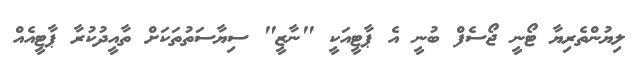
ލިޔުންތެރިޔާ ޓޯނީ ޖޯސެފް ބުނީ އެ ޕާޓީއަކީ "ނާޒީ" ސިޔާސަތުތަކަށް ތާއީދުކުރާ ޕާޓީއެއް